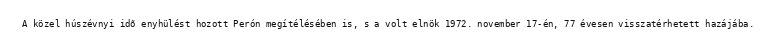
A közel húszévnyi idő enyhülést hozott Perón megítélésében is, s a volt elnök 1972. november 17-én, 77 évesen visszatérhetett hazájába.